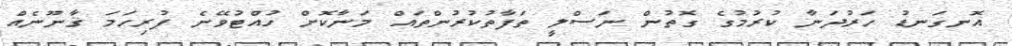
އޮނގަނޑު ހަރުދަނާ ކުރުމުގެ ގޮތުން ނަސްލީ ތަފާތުކުރުންތައް މަނާކޮށް ހުއްޓުވޭނެ ފުރިހަމަ ޤާނޫނެއް